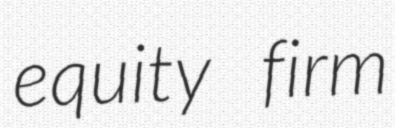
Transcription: equity firm